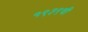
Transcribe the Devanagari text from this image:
१९३९ची